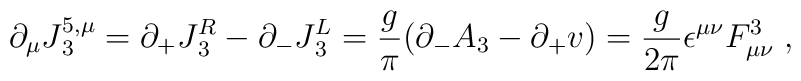
\partial _{\mu} J {^{5, \mu} _3} = \partial _+ J {_3 ^{R}} -\partial_- J {_3^L} = {g \over \pi} (\partial _- A_3- \partial_+ v) = {g \over 2 \pi} \epsilon ^{\mu \nu} F_{\mu \nu}^3 \; ,